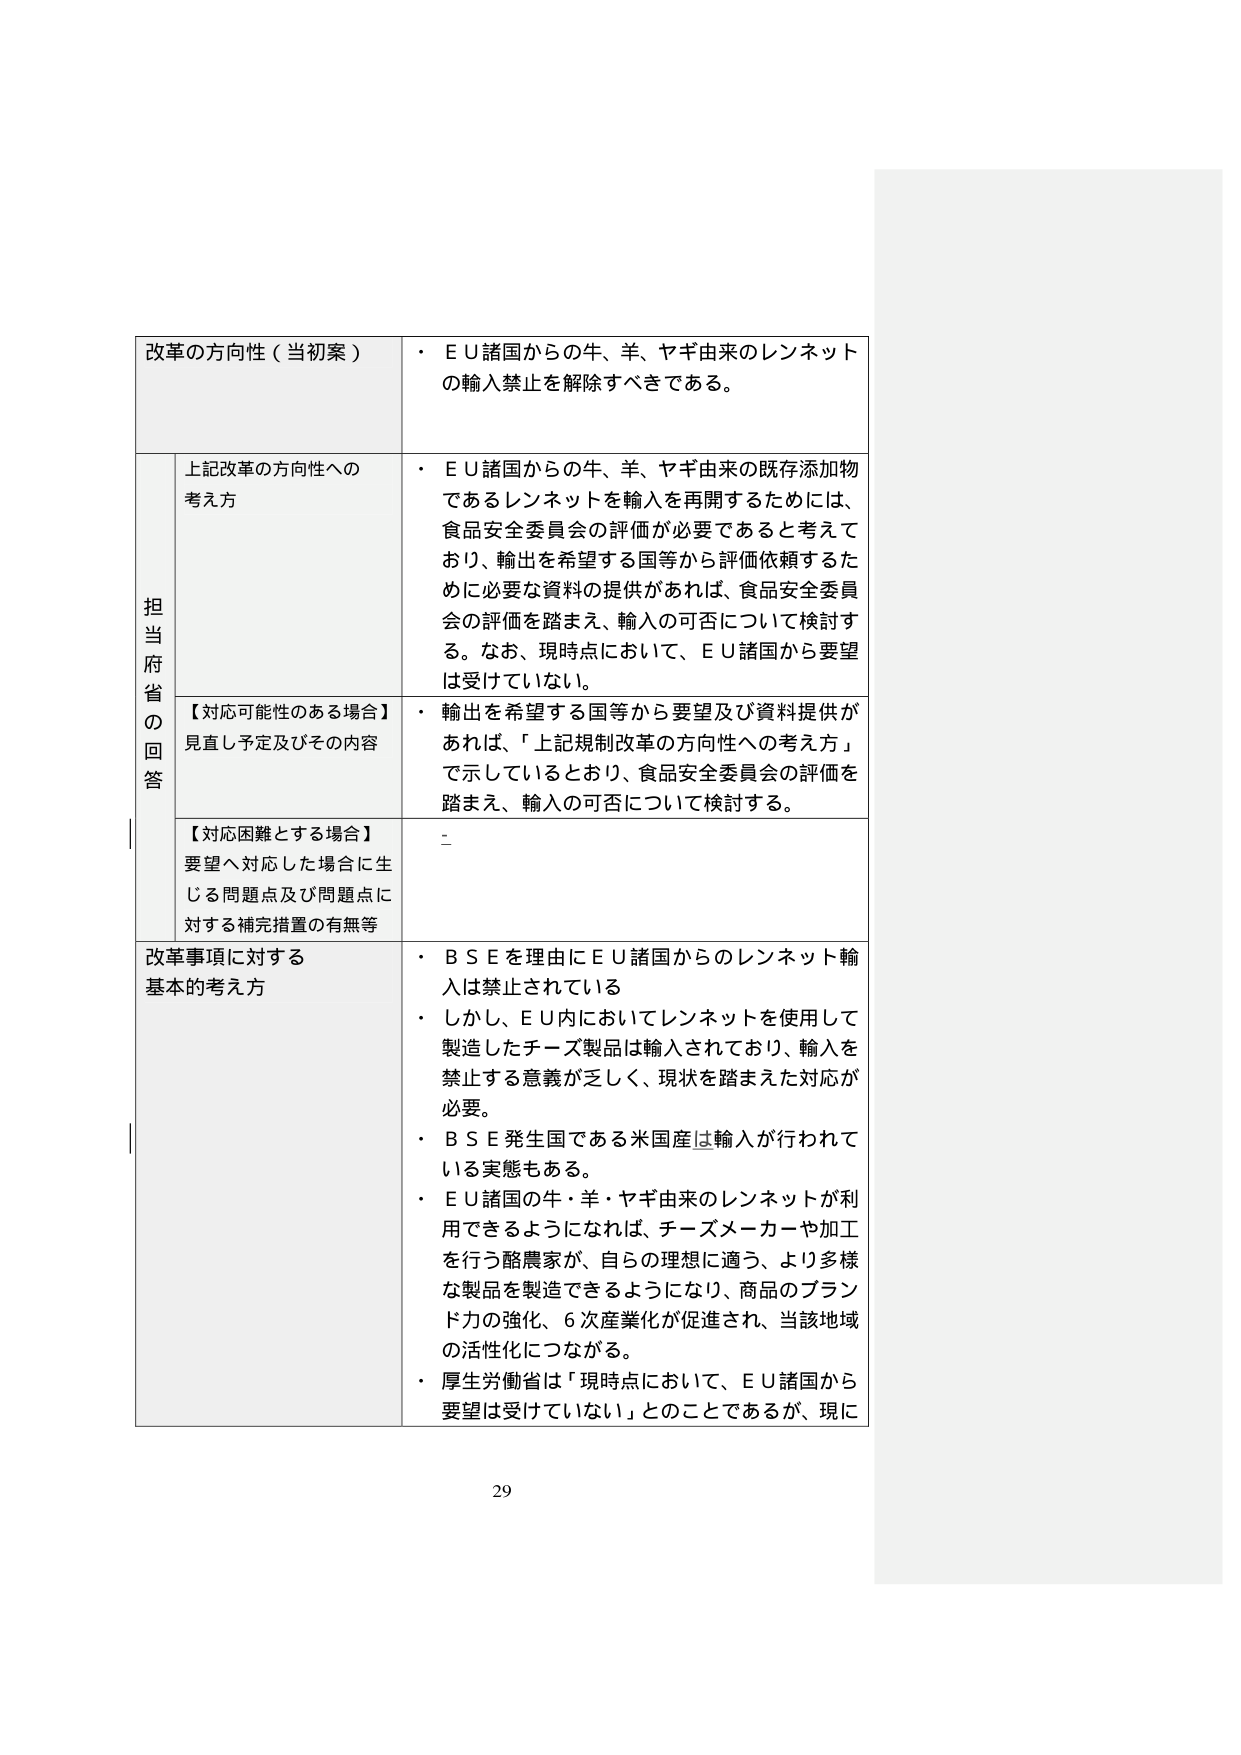
改革の方向性（当初案）
・ＥＵ諸国からの牛、羊、ヤギ由来のレンネット
の輸入禁止を解除すべきである。

担当府省の回答
上記改革の方向性への
考え方
・ＥＵ諸国からの牛、羊、ヤギ由来の既存添加物
であるレンネットを輸入を再開するためには、
食品安全委員会の評価が必要であると考えて
おり、輸出を希望する国等から評価依頼するた
めに必要な資料の提供があれば、食品安全委員
会の評価を踏まえ、輸入の可否について検討す
る。なお、現時点において、ＥＵ諸国から要望
は受けていない。

【対応可能性のある場合】
見直し予定及びその内容
・輸出を希望する国等から要望及び資料提供が
あれば、「上記規制改革の方向性への考え方」
で示しているとおり、食品安全委員会の評価を
踏まえ、輸入の可否について検討する。

【対応困難とする場合】
要望へ対応した場合に生
じる問題点及び問題点に
対する補完措置の有無等
・

改革事項に対する
基本的考え方
・ＢＳＥを理由にＥＵ諸国からのレンネット輸
入は禁止されている
・しかし、ＥＵ内においてレンネットを使用して
製造したチーズ製品は輸入されており、輸入を
禁止する意義が乏しく、現状を踏まえた対応が
必要。
・ＢＳＥ発生国である米国産は輸入が行われて
いる実態もある。
・ＥＵ諸国の牛・羊・ヤギ由来のレンネットが利
用できるようになれば、チーズメーカーや加工
を行う酪農家が、自らの理想に適う、より多様
な製品を製造できるようになり、商品のブラン
ド力の強化、６次産業化が促進され、当該地域
の活性化につながる。
・厚生労働省は「現時点において、ＥＵ諸国から
要望は受けていない」とのことであるが、現に

29